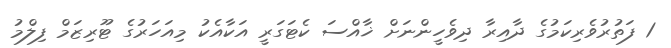
1 ފަތުރުވެރިކަމުގެ ދާއިރާ ދިވެހީންނަށް ޚާއްސަ ކެޓަގަރީ އަކާއެކު މިއަހަރުގެ ޓޫރިޒަމް ފިލްމު